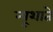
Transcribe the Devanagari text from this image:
न्यूशाते